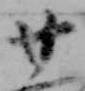
廿